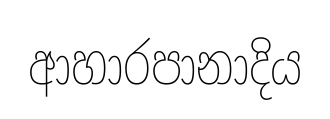
ආහාරපානාදිය